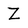
Character: Z